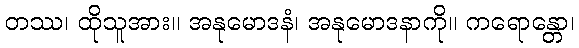
တဿ၊ ထိုသူအား။ အနုမောဒနံ၊ အနုမောဒနာကို။ ကရောန္တော၊